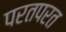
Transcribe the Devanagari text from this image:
परतपरत